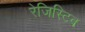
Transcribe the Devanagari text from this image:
रेजिस्टिव